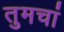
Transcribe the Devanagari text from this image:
तुमचां